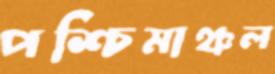
পশ্চিমাঞ্চল